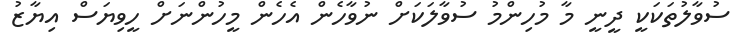
ސުވާލުތަކަކީ ދީނީ މާ މުހިންމު ސުވާލަކަށް ނުވާހެން އެހެން މީހުންނަށް ހީވިޔަސްް އިޔާޒު